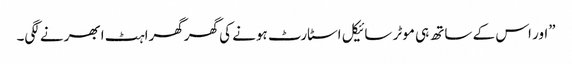
”اور اس کے ساتھ ہی موٹر سائیکل اسٹارٹ ہونے کی گھرگھراہٹ ابھرنے لگی۔